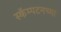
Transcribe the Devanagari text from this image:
स्कॅम्पटनच्या